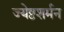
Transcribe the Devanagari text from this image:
ज्येष्ठशर्मन